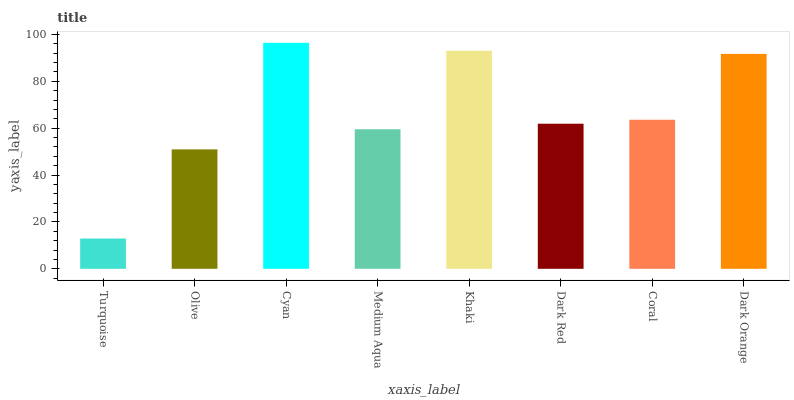
| xaxis_label | bars |
 | --- | --- |
 | Turquoise | 12.9 |
 | Olive | 50.9 |
 | Cyan | 96.4 |
 | Medium Aqua | 59.5 |
 | Khaki | 93 |
 | Dark Red | 61.9 |
 | Coral | 63.6 |
 | Dark Orange | 91.7 |